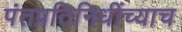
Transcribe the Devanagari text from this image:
पंतप्रतिनिधींच्याच